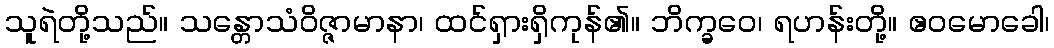
သူရဲတို့သည်။ သန္တောသံဝိဇ္ဇာမာနာ၊ ထင်ရှားရှိကုန်၏။ ဘိက္ခဝေ၊ ရဟန်းတို့။ ဧဝမောခေါ၊